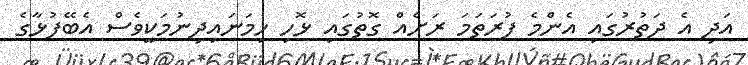
އަދި އެ ދަތުރުގައި އެންމެ ފުރަތަމަ ރަށެއް ގޮތުގައި ޅޮހި ހިމަނައިދިނުމަކީވެސް އެބޭފުޅާގެ